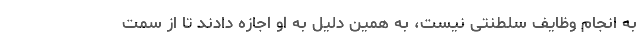
به انجام وظایف سلطنتی نیست، به همین دلیل به او اجازه دادند تا از سمت